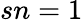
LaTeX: sn=1